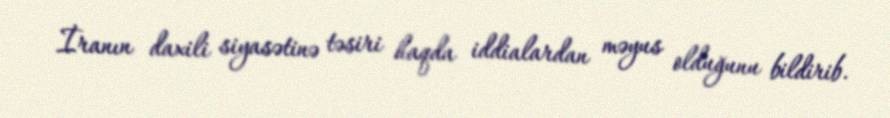
İranın daxili siyasətinə təsiri haqda iddialardan məyus olduğunu bildirib.